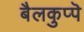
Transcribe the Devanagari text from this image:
बैलकुप्पॆ